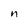
Character: n